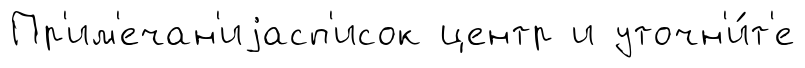
Пр'им'ечан'иjасп'исок центр и уточн'и́т'е